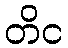
တိင